Mental hospitals Bombay report 1929-33 - 1929-1933
Year: 1929
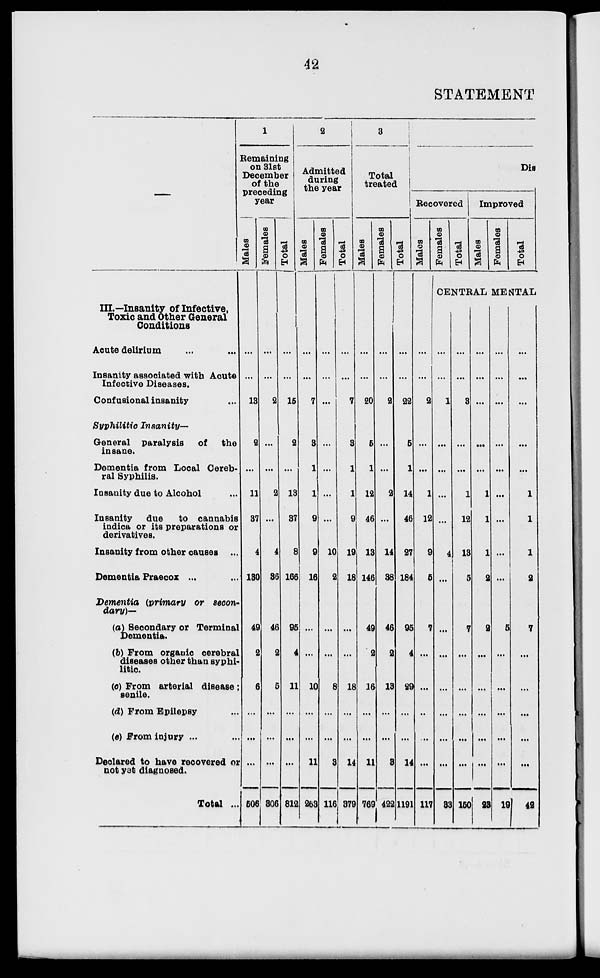
42
STATEMENT
III.—Insanity of Infective,
Toxic and Other General
Conditions
Acute delirium ... ...
Insanity associated with Acute
Infective Diseases.
Confusional insanity ...
Syphilitic Insanity—
General paralysis
of the
insane.
Dementia from Looal Cereb-
ral Syphilis.
Insanity due to Alcohol ...
Insanity due to cannabis
indica or its preparations or
derivatives.
Insanity from other causes ...
Dementia Praecox ...
Dementia (primary or secon-
dary)—
(a) Secondary or Terminal
Dementia.
(b) From organic cerebral
diseases other than syphi-
litic.
(c) From arterial disease ;
senile.
(d) From Epilepsy ...
(e) From injury ... ...
Declared to have recovered or
not yet diagnosed.
Total ...
1
Remaining
on 31st
December
of the
preceding
year
Males
...
...
13
2
...
11
37
4
130
49
2
6
...
...
...
506
Females
...
...
2
...
...
2
...
4
36
46
2
5
...
...
...
806
Total
...
...
15
2
...
13
37
8
166
95
...
11
...
...
...
812
2
Admitted
during
the year
Males
...
...
7
3
1
1
9
9
16
...
...
10
...
...
11
263
Females
...
...
...
...
...
...
...
10
2
...
...
8
...
...
3
116
Total
...
...
7
3
1
1
9
19
18
...
...
18
...
...
14
379
3
Total
treated
Males
...
...
20
5
1
12
46
13
146
49
2
16
...
...
11
769
Females
...
...
2
...
...
2
...
14
38
46
2
13
...
...
3
422
Total
...
...
22
5
1
14
46
27
184
95
4
29
...
...
14
1191
Dis
Recovered
Males
...
...
2
...
...
1
12
9
5
7
...
...
...
...
...
117
Females
Total
Improved
Males
Females
Total
CENTRAL MENTAL
...
...
1
...
...
...
...
4
...
...
...
...
...
...
...
33
...
...
3
...
...
1
12
13
5
7
...
...
...
...
...
150
...
...
...
...
...
1
1
1
2
2
...
...
...
...
...
23
...
...
...
...
...
...
...
...
...
5
...
...
...
...
...
19
...
...
...
...
...
1
1
1
2
7
...
...
...
...
...
42